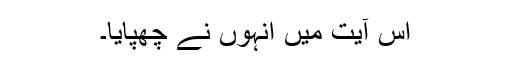
اس آیت میں انہوں نے چھپایا۔